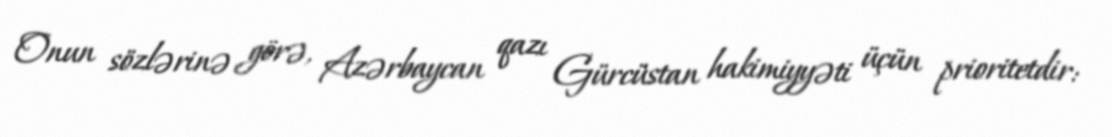
Onun sözlərinə görə, Azərbaycan qazı Gürcüstan hakimiyyəti üçün prioritetdir: